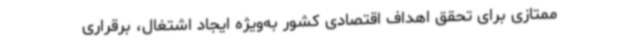
ممتازی برای تحقق اهداف اقتصادی کشور به‌ویژه ایجاد اشتغال، برقراری